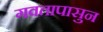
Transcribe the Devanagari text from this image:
गवतापासुन